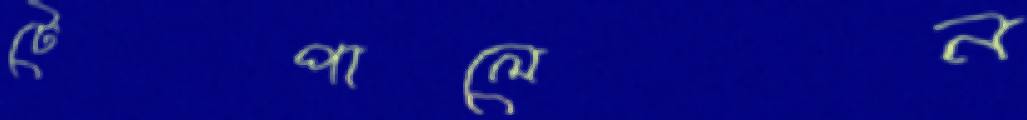
টেপালেন